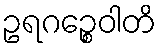
ဥရဂဉ္စေဝါတိ